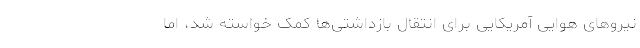
نیروهای هوایی آمریکایی برای انتقال بازداشتی‌ها کمک خواسته شد، اما